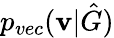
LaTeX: p_{vec}(\mathbf{v}|\hat{G})